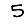
Digit: 5